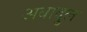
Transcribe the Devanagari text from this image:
अबादुल